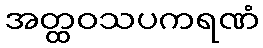
အတ္ထဝသပကရဏံ